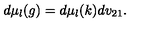
d \mu _ { l } ( g ) = d \mu _ { l } ( k ) d v _ { 2 1 } .